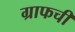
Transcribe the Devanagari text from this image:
ग्राफची